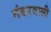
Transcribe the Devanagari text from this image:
नंबरवाली